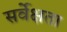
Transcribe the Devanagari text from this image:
सर्वेक्षता